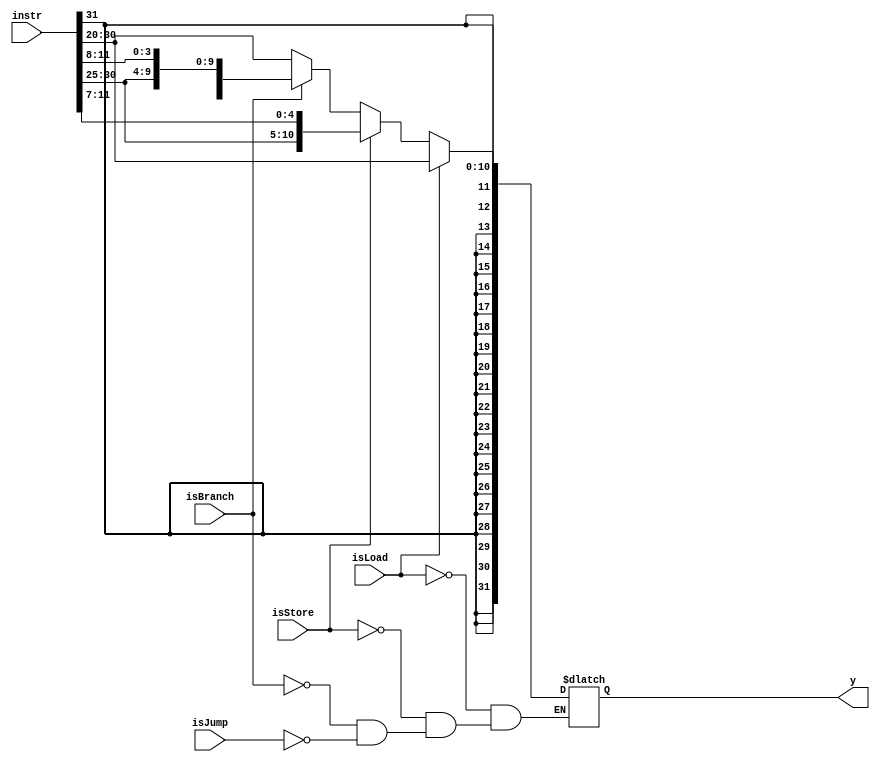
module signextD(input wire [31:0] instr,
               input wire isLoad,
               input wire isStore,
               input wire isBranch,
               input wire isJump,
               output reg [31:0] y);
    
    reg [11:0] tempBranch;
    reg [11:0] tempStore;
    assign tempBranch = {instr[31], instr[7], instr[30:25], instr[11:8]}; 
    assign tempStore = {instr[31:25], instr[11:7]};

    always @(*) begin
        if(isLoad) begin //load        
          y <= {{20{instr[31]}}, instr[31:20]};
        end
        else if(isStore) begin //store        
            y <= {{20{instr[31]}}, tempStore};
        end
        else if(isBranch) begin //branch        
            y <= {{20{instr[31]}}, tempBranch};
        end
        else if(isJump) begin //jump        
            y <= {{20{instr[31]}}, instr[31:20]};
        end
    end

endmodule